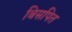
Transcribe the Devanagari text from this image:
बिसपित